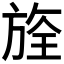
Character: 𣄀